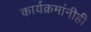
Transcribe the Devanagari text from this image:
कार्यक्रमांनीही